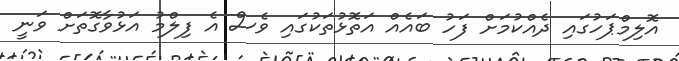
އޮލިމްޕަހުގައި ދެއްކުމަށް ފަހު ބައެއް އަތޮޅުތަކުގައި ވެސް އެ ފިލްމު އަޅުވާގޮތަށް ވަނީ